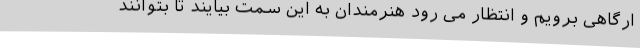
ارگاهی برویم و انتظار می رود هنرمندان به این سمت بیایند تا بتوانند